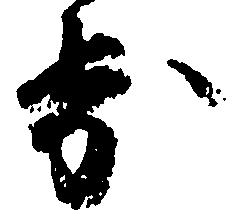
歩